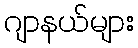
ဂျာနယ်များ